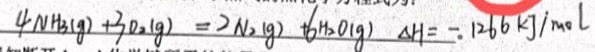
4 N H 3 ( g ) + 3 0 _ { 2 } ( g ) + = 2 N _ { 2 } ( g ) 6 H _ { 2 } O ( g ) \Delta H = - 1 2 6 6 k g / m o l